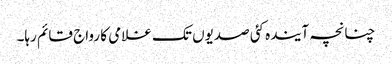
چنانچہ آیندہ کئی صدیوں تک غلامی کا رواج قائم رہا۔